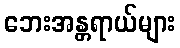
ဘေးအန္တရာယ်များ